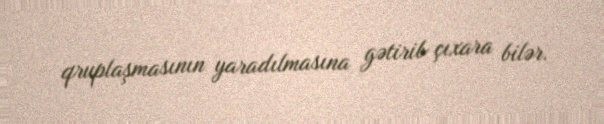
qruplaşmasının yaradılmasına gətirib çıxara bilər.